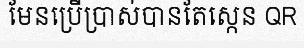
មែនប្រើប្រាស់បានតែស្កេន QR